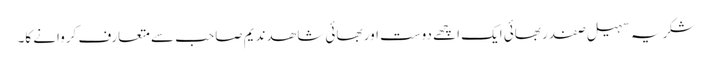
شکریہ سہیل صفدر بھائی ایک اچھے دوست اور بھائی شاھد ندیم صاحب سے متعارف کروانے کا۔